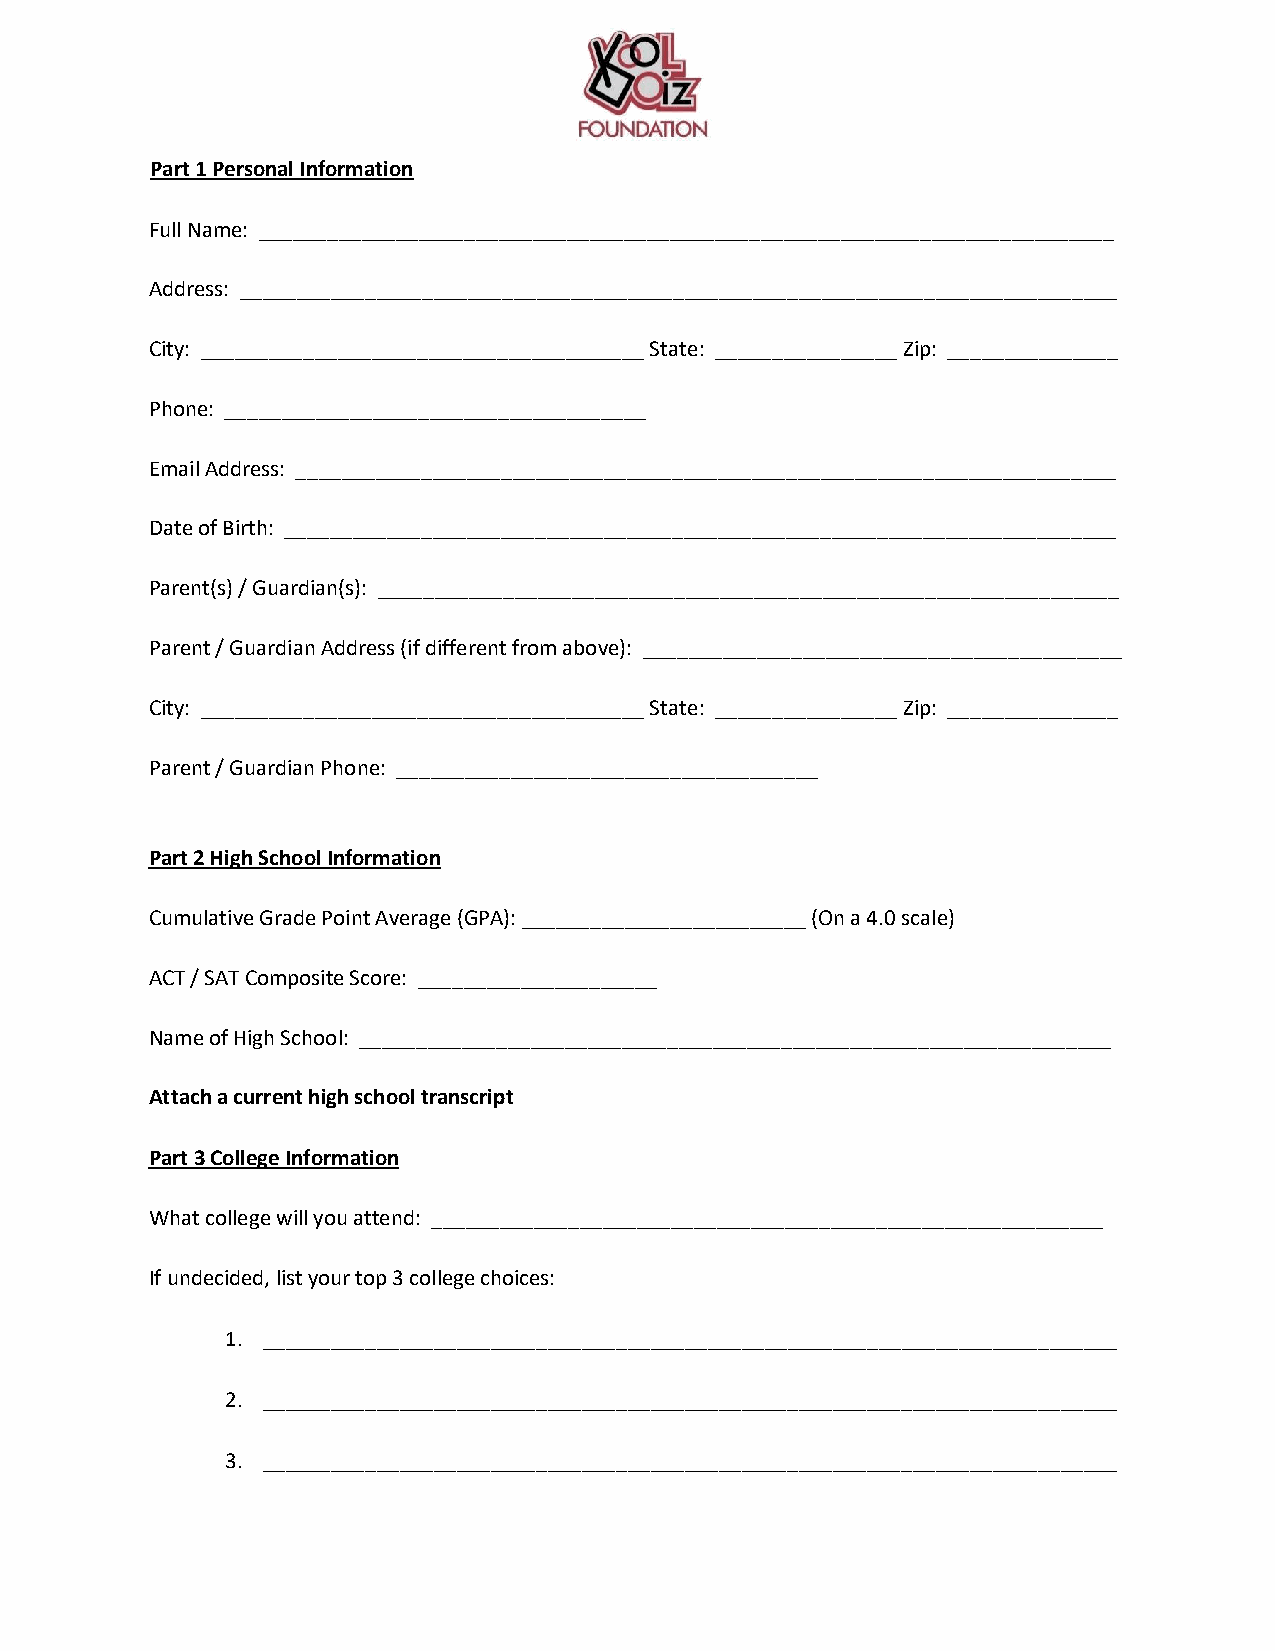
Part 1 Personal Information
 Full Name: ___________________________________________________________________________
 Address: _____________________________________________________________________________
 City: _______________________________________ State: ________________ Zip: _______________
 Phone: _____________________________________
 Email Address: ________________________________________________________________________
 Date of Birth: _________________________________________________________________________
 Parent(s) / Guardian(s): _________________________________________________________________
 Parent / Guardian Address (if different from above): __________________________________________
 City: _______________________________________ State: ________________ Zip: _______________
 Parent / Guardian Phone: _____________________________________
 Part 2 High School Information
 Cumulative Grade Point Average (GPA): _________________________ (On a 4.0 scale)
 ACT / SAT Composite Score: _____________________
 Name of High School: __________________________________________________________________
 Attach a current high school transcript
 Part 3 College Information
 What college will you attend: ___________________________________________________________
 If undecided, list your top 3 college choices:
 1. ___________________________________________________________________________
 2. ___________________________________________________________________________
 3. ___________________________________________________________________________